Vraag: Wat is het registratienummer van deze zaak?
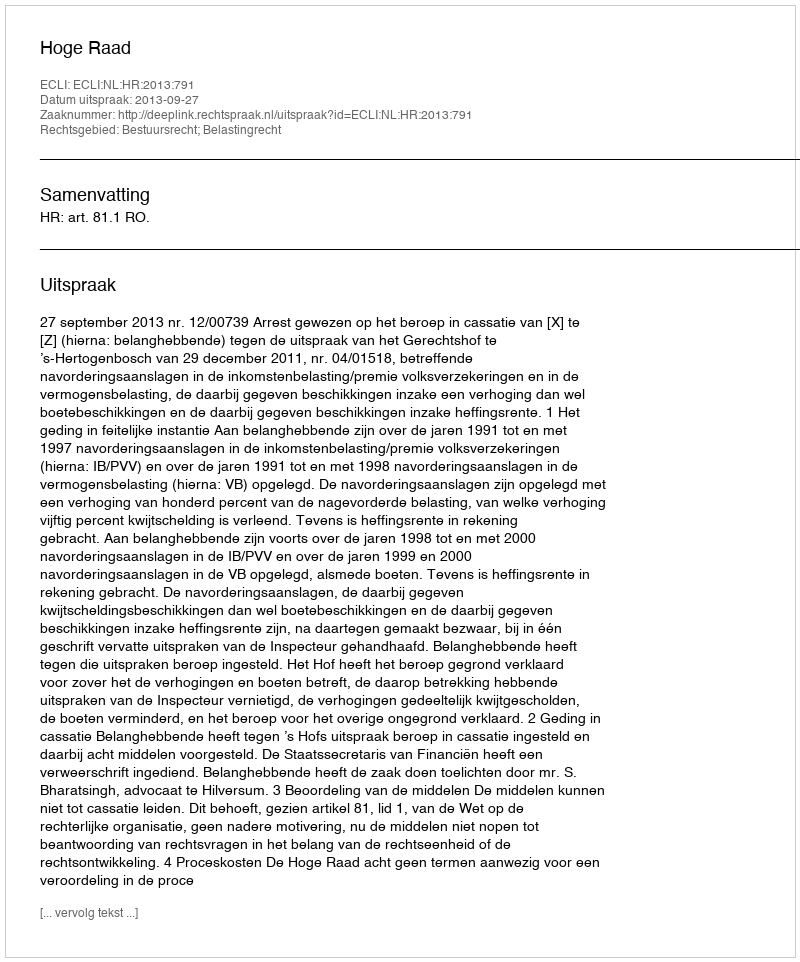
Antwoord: http://deeplink.rechtspraak.nl/uitspraak?id=ECLI:NL:HR:2013:791